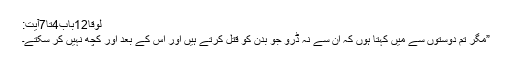
لوقا12باب4تا7آیت:
”مگر تم دوستوں سے میں کہتا ہوں کہ ان سے نہ ڈرو جو بدن کو قتل کرتے ہیں اور اس کے بعد اور کچھ نہیں کر سکتے۔